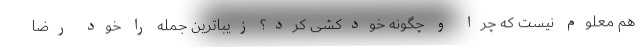
هم معلوم نیست که چرا و چگونه خودکشی کرد؟ زیباترین جمله را خود رضا